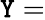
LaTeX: \mathtt{Y}=